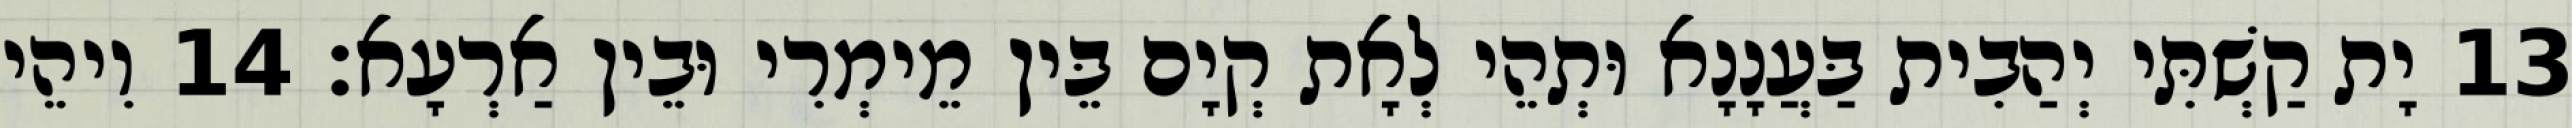
13 יָת קַשְׁתִּי יְהַבִית בַּעֲנָנָא וּתְהֵי לְאָת קְיָם בֵּין מֵימְרִי וּבֵין אַרְעָא׃ 14 וִיהֵי